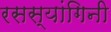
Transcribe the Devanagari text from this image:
रसस्यांगिनी